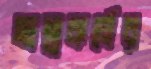
আত্মকর্মের